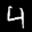
Label: 4